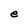
Character: e